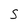
Character: S